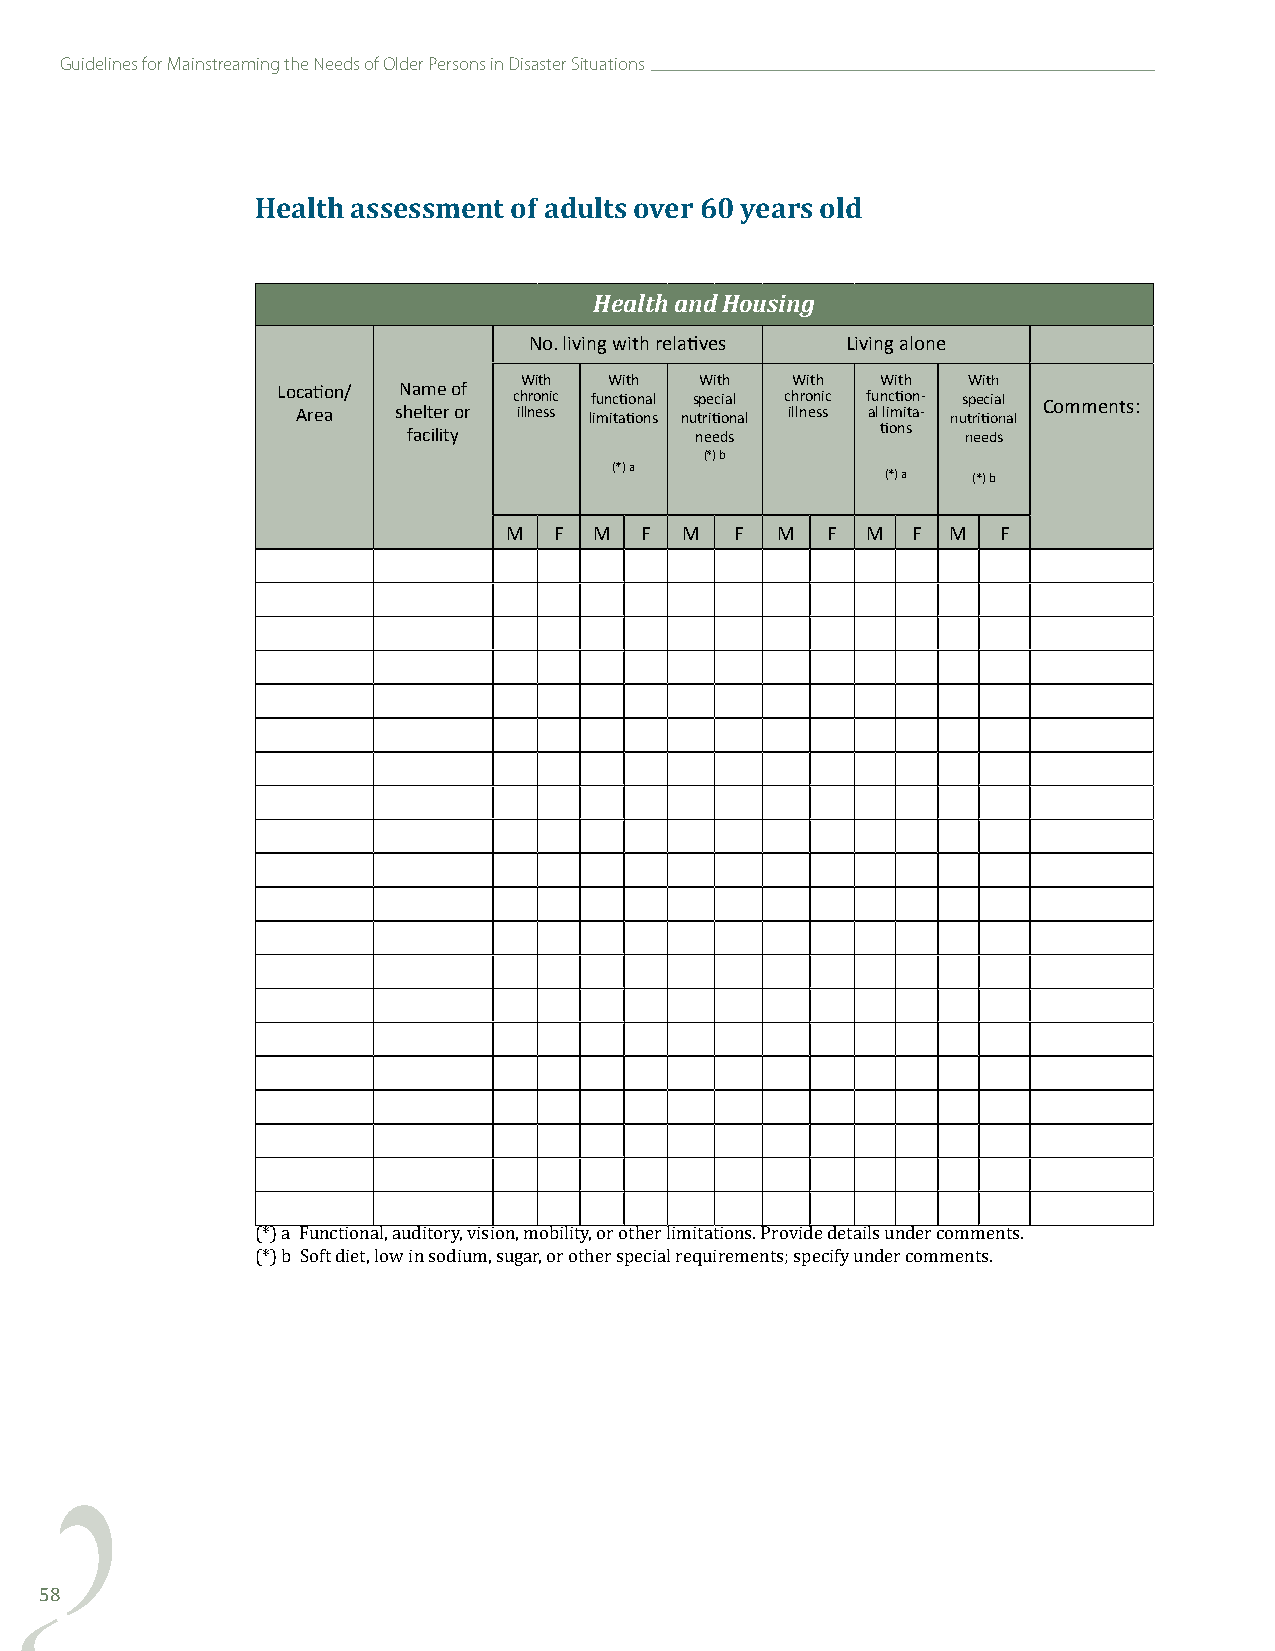
Guidelines for Mainstreaming the Needs of Older Persons in Disaster Situations
 Health assessment of adults over 60 years old
 Health and Housing
 No. living with relatives Living alone
 With  With  With  With  With  With
 Loc Aa rti eaon/ sN ha em ltee r o of r c ih llnro en ssic lf iu mn ic tati tio on na sl nus tp re itic oia nl
 al
 c ih llnro en si sc f au l n lic mti io tan -- nus tp re itic oia nl
 al
 Comments:
 facility           needs       tions needs
 (*) b
 (*) a
 (*) a (*) b
 M  F M  F  M   F M   F M  F  M  F
 (*) a Functional, auditory, vision, mobility, or other limitations. Provide details under comments.
 (*) b Soft diet, low in sodium, sugar, or other special requirements; specify under comments.
 58